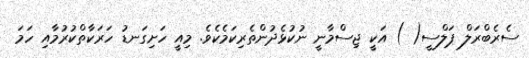
ސެރެބްރަލް ޕަލްސީ( ) އަކީ ޖިސްމާނީ ނުކުޅެދުންތެރިކަމެކެވެ. މިއީ ހަށިގަނޑު ހަރަކާތްކުރުމާއި ހަމަ